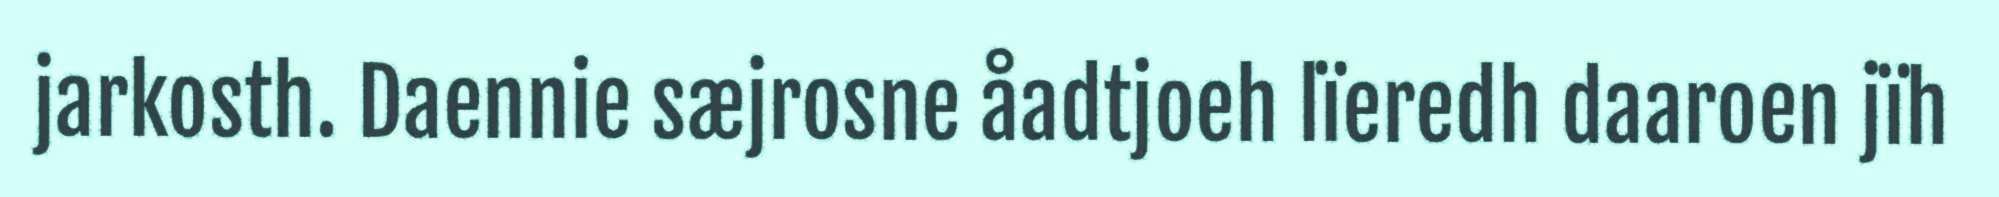
jarkosth. Daennie sæjrosne åadtjoeh lïeredh daaroen jïh